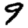
Digit: 9